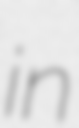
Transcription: in